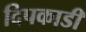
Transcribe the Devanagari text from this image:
दिपकाडी